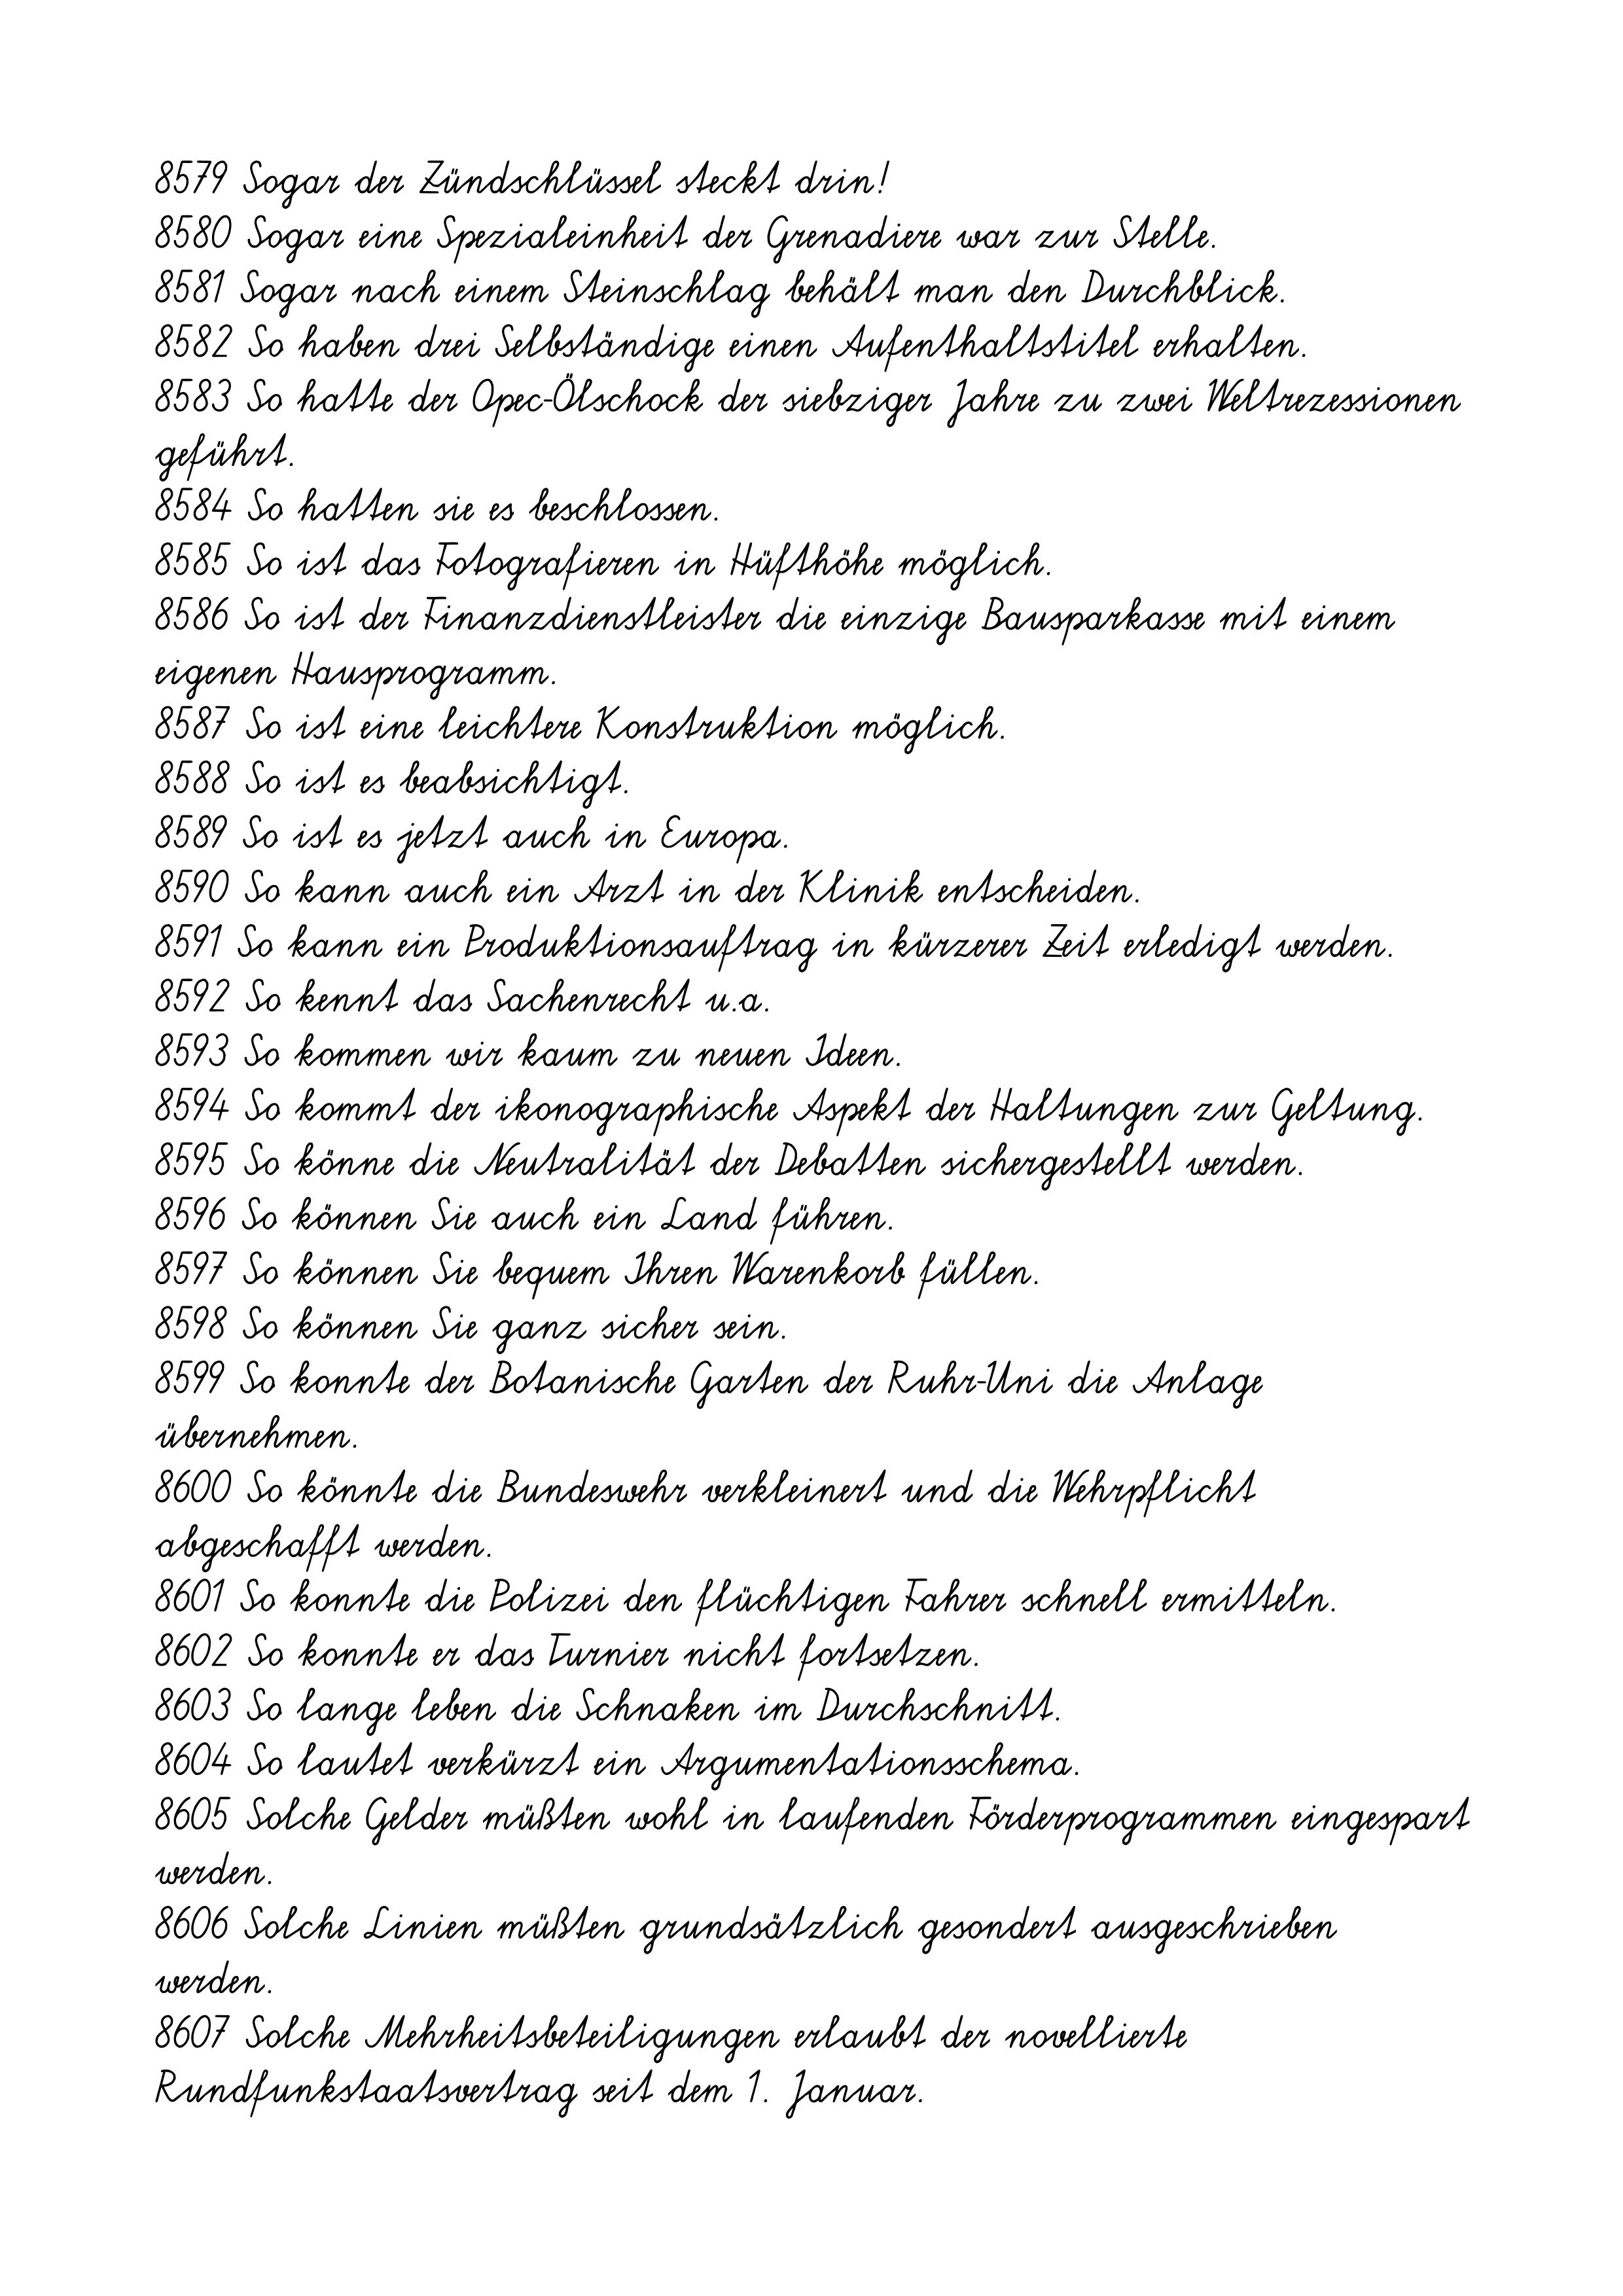
8579 Sogar der Zündschlüssel steckt drin!
8580 Sogar eine Spezialeinheit der Grenadiere war zur Stelle.
8581 Sogar nach einem Steinschlag behält man den Durchblick.
8582 So haben drei Selbständige einen Aufenthaltstitel erhalten.
8583 So hatte der Opec-Ölschock der siebziger Jahre zu zwei Weltrezessionen
geführt.
8584 So hatten sie es beschlossen.
8585 So ist das Fotografieren in Hüfthöhe möglich.
8586 So ist der Finanzdienstleister die einzige Bausparkasse mit einem
eigenen Hausprogramm.
8587 So ist eine leichtere Konstruktion möglich.
8588 So ist es beabsichtigt.
8589 So ist es jetzt auch in Europa.
8590 So kann auch ein Arzt in der Klinik entscheiden.
8591 So kann ein Produktionsauftrag in kürzerer Zeit erledigt werden.
8592 So kennt das Sachenrecht u.a.
8593 So kommen wir kaum zu neuen Ideen.
8594 So kommt der ikonographische Aspekt der Haltungen zur Geltung.
8595 So könne die Neutralität der Debatten sichergestellt werden.
8596 So können Sie auch ein Land führen.
8597 So können Sie bequem Ihren Warenkorb füllen.
8598 So können Sie ganz sicher sein.
8599 So konnte der Botanische Garten der Ruhr-Uni die Anlage
übernehmen.
8600 So könnte die Bundeswehr verkleinert und die Wehrpflicht
abgeschafft werden.
8601 So konnte die Polizei den flüchtigen Fahrer schnell ermitteln.
8602 So konnte er das Turnier nicht fortsetzen.
8603 So lange leben die Schnaken im Durchschnitt.
8604 So lautet verkürzt ein Argumentationsschema.
8605 Solche Gelder müßten wohl in laufenden Förderprogrammen eingespart
werden.
8606 Solche Linien müßten grundsätzlich gesondert ausgeschrieben
werden.
8607 Solche Mehrheitsbeteiligungen erlaubt der novellierte
Rundfunkstaatsvertrag seit dem 1. Januar.